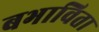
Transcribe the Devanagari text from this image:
बभाविता